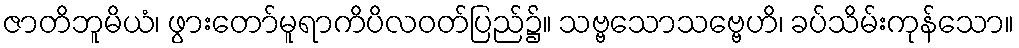
ဇာတိဘူမိယံ၊ ဖွားတော်မူရာကိပိလဝတ်ပြည်၌။ သဗ္ဗသောသဗ္ဗေဟိ၊ ခပ်သိမ်းကုန်သော။